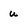
Character: u